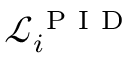
\mathcal { L } _ { i } ^ { \mathrm { ~ P ~ I ~ D ~ } }